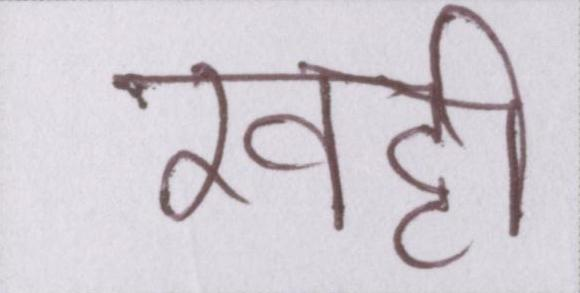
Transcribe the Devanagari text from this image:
खट्टी